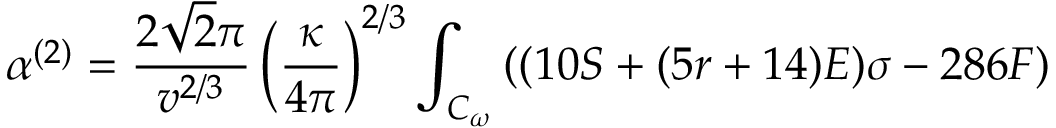
\alpha ^ { ( 2 ) } = \frac { 2 \sqrt { 2 } \pi } { v ^ { 2 / 3 } } \left( \frac { \kappa } { 4 \pi } \right) ^ { 2 / 3 } \int _ { { \cal { C } } _ { \omega } } { ( ( 1 0 S + ( 5 r + 1 4 ) { \cal { E } } ) \sigma - 2 8 6 F ) }